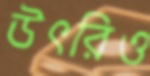
উৎরিও